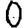
Digit: 0